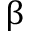
{ \upbeta }